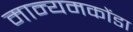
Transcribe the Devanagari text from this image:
मान्यमकोंडा